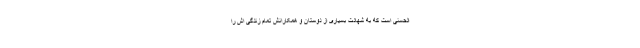
الحسنی است که به شهادت بسیاری از دوستان و همکارانش تمام زندگی اش را